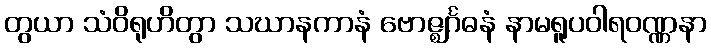
တွယာ သံဝိရုဟိတွာ သဃာနကာနံ ဗောဇ္ဈင်္ဂဓနံ နာမရူပဝါရဝဏ္ဏနာ